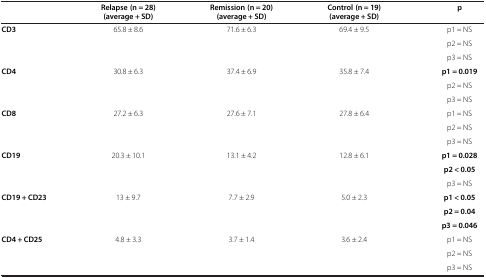
<table><thead><tr><td><b> </b></td><td><b>Relapse (n = 28) (average + SD)</b></td><td><b>Remission (n = 20) (average + SD)</b></td><td><b>Control (n = 19) (average + SD)</b></td><td><b>p</b></td></tr></thead><tbody><tr><td><b>CD3</b></td><td>65.8 ± 8.6</td><td>71.6 ± 6.3</td><td>69.4 ± 9.5</td><td>p1 = NS</td></tr><tr><td rowspan="2"> </td><td> </td><td> </td><td> </td><td>p2 = NS</td></tr><tr><td> </td><td> </td><td> </td><td>p3 = NS</td></tr><tr><td><b>CD4</b></td><td>30.8 ± 6.3</td><td>37.4 ± 6.9</td><td>35.8 ± 7.4</td><td><b>p1 = 0.019</b></td></tr><tr><td> </td><td> </td><td> </td><td> </td><td>p2 = NS</td></tr><tr><td> </td><td> </td><td> </td><td> </td><td>p3 = NS</td></tr><tr><td><b>CD8</b></td><td>27.2 ± 6.3</td><td>27.6 ± 7.1</td><td>27.8 ± 6.4</td><td>p1 = NS</td></tr><tr><td> </td><td> </td><td> </td><td> </td><td>p2 = NS</td></tr><tr><td> </td><td> </td><td> </td><td> </td><td>p3 = NS</td></tr><tr><td><b>CD19</b></td><td>20.3 ± 10.1</td><td>13.1 ± 4.2</td><td>12.8 ± 6.1</td><td><b>p1 = 0.028</b></td></tr><tr><td> </td><td> </td><td> </td><td> </td><td><b>p2 &lt; 0.05</b></td></tr><tr><td> </td><td> </td><td> </td><td> </td><td>p3 = NS</td></tr><tr><td><b>CD19 + CD23</b></td><td>13 ± 9.7</td><td>7.7 ± 2.9</td><td>5.0 ± 2.3</td><td><b>p1 &lt; 0.05</b></td></tr><tr><td> </td><td> </td><td> </td><td> </td><td><b>p2 = 0.04</b></td></tr><tr><td> </td><td> </td><td> </td><td> </td><td><b>p3 = 0.046</b></td></tr><tr><td><b>CD4 + CD25</b></td><td>4.8 ± 3.3</td><td>3.7 ± 1.4</td><td>3.6 ± 2.4</td><td>p1 = NS</td></tr><tr><td> </td><td> </td><td> </td><td> </td><td>p2 = NS</td></tr><tr><td> </td><td> </td><td> </td><td> </td><td>p3 = NS</td></tr></tbody></table>